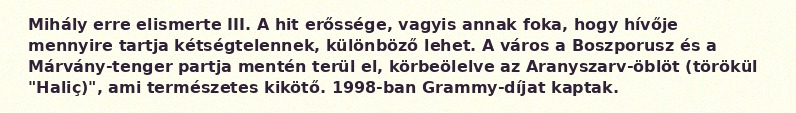
Mihály erre elismerte III. A hit erőssége, vagyis annak foka, hogy hívője mennyire tartja kétségtelennek, különböző lehet. A város a Boszporusz és a Márvány-tenger partja mentén terül el, körbeölelve az Aranyszarv-öblöt (törökül "Haliç)", ami természetes kikötő. 1998-ban Grammy-díjat kaptak.